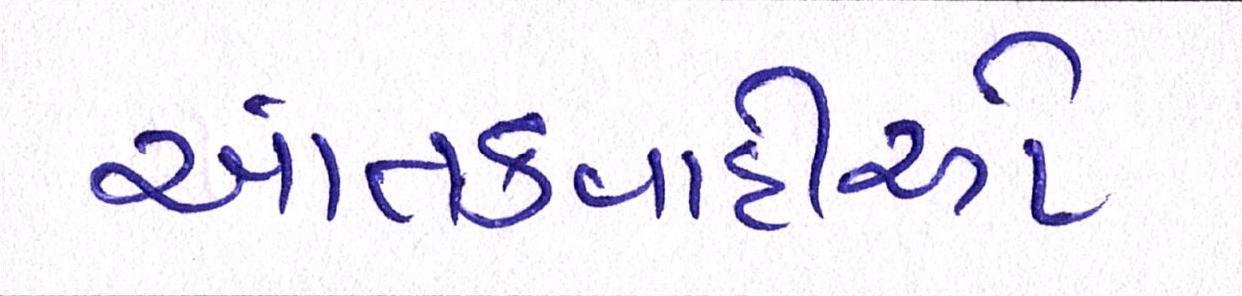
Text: આતંકવાદીઓ